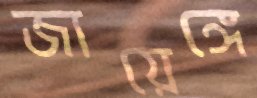
জায়েঙ্গে